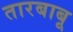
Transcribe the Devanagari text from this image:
तारबाबू